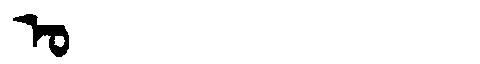
Manchu: ᠣ
Romanization: O